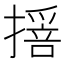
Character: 𢵾